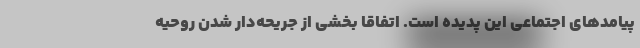
پیامدهای اجتماعی این پدیده است. اتفاقا بخشی از جریحه‌دار شدن روحیه